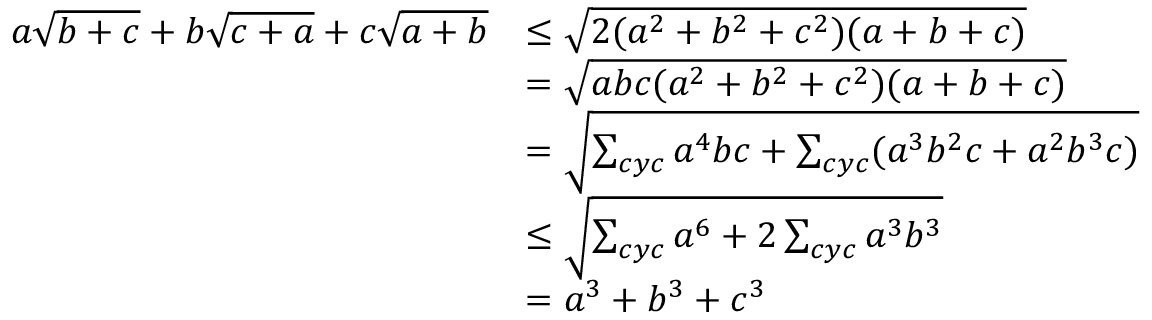
\begin{array} { r l } { a \sqrt { b + c } + b \sqrt { c + a } + c \sqrt { a + b } } & { \leq \sqrt { 2 ( a ^ { 2 } + b ^ { 2 } + c ^ { 2 } ) ( a + b + c ) } } \\ & { = \sqrt { a b c ( a ^ { 2 } + b ^ { 2 } + c ^ { 2 } ) ( a + b + c ) } } \\ & { = \sqrt { \sum _ { c y c } a ^ { 4 } b c + \sum _ { c y c } ( a ^ { 3 } b ^ { 2 } c + a ^ { 2 } b ^ { 3 } c ) } } \\ & { \leq \sqrt { \sum _ { c y c } a ^ { 6 } + 2 \sum _ { c y c } a ^ { 3 } b ^ { 3 } } } \\ & { = a ^ { 3 } + b ^ { 3 } + c ^ { 3 } } \end{array}